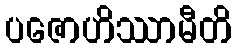
ပဇောဟိဿာမီတိ